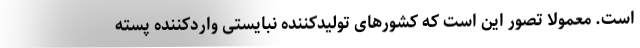
است. معمولا تصور این است که کشورهای تولیدکننده نبایستی واردکننده پسته